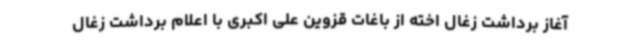
آغاز برداشت زغال اخته از باغات قزوین علی اکبری با اعلام برداشت زغال